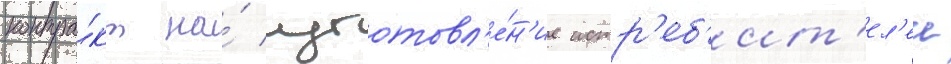
контра́кт на́ изготовл'е́н'ие истр'еб'ит'ел'еи